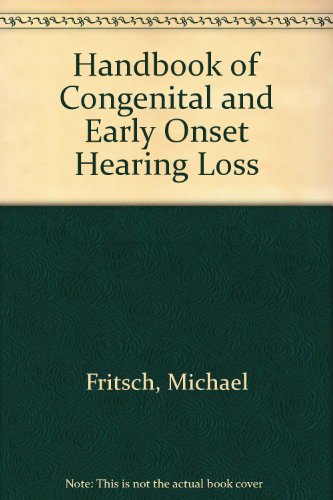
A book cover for Handbook of Congenital and Early Onset Hearing Loss; Michael H. Fritsch; Health, Fitness & Dieting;